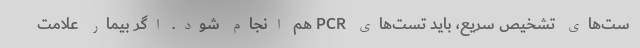
ست‌های تشخیص سریع، باید تست‌های PCR هم انجام شود. اگر بیمار علامت